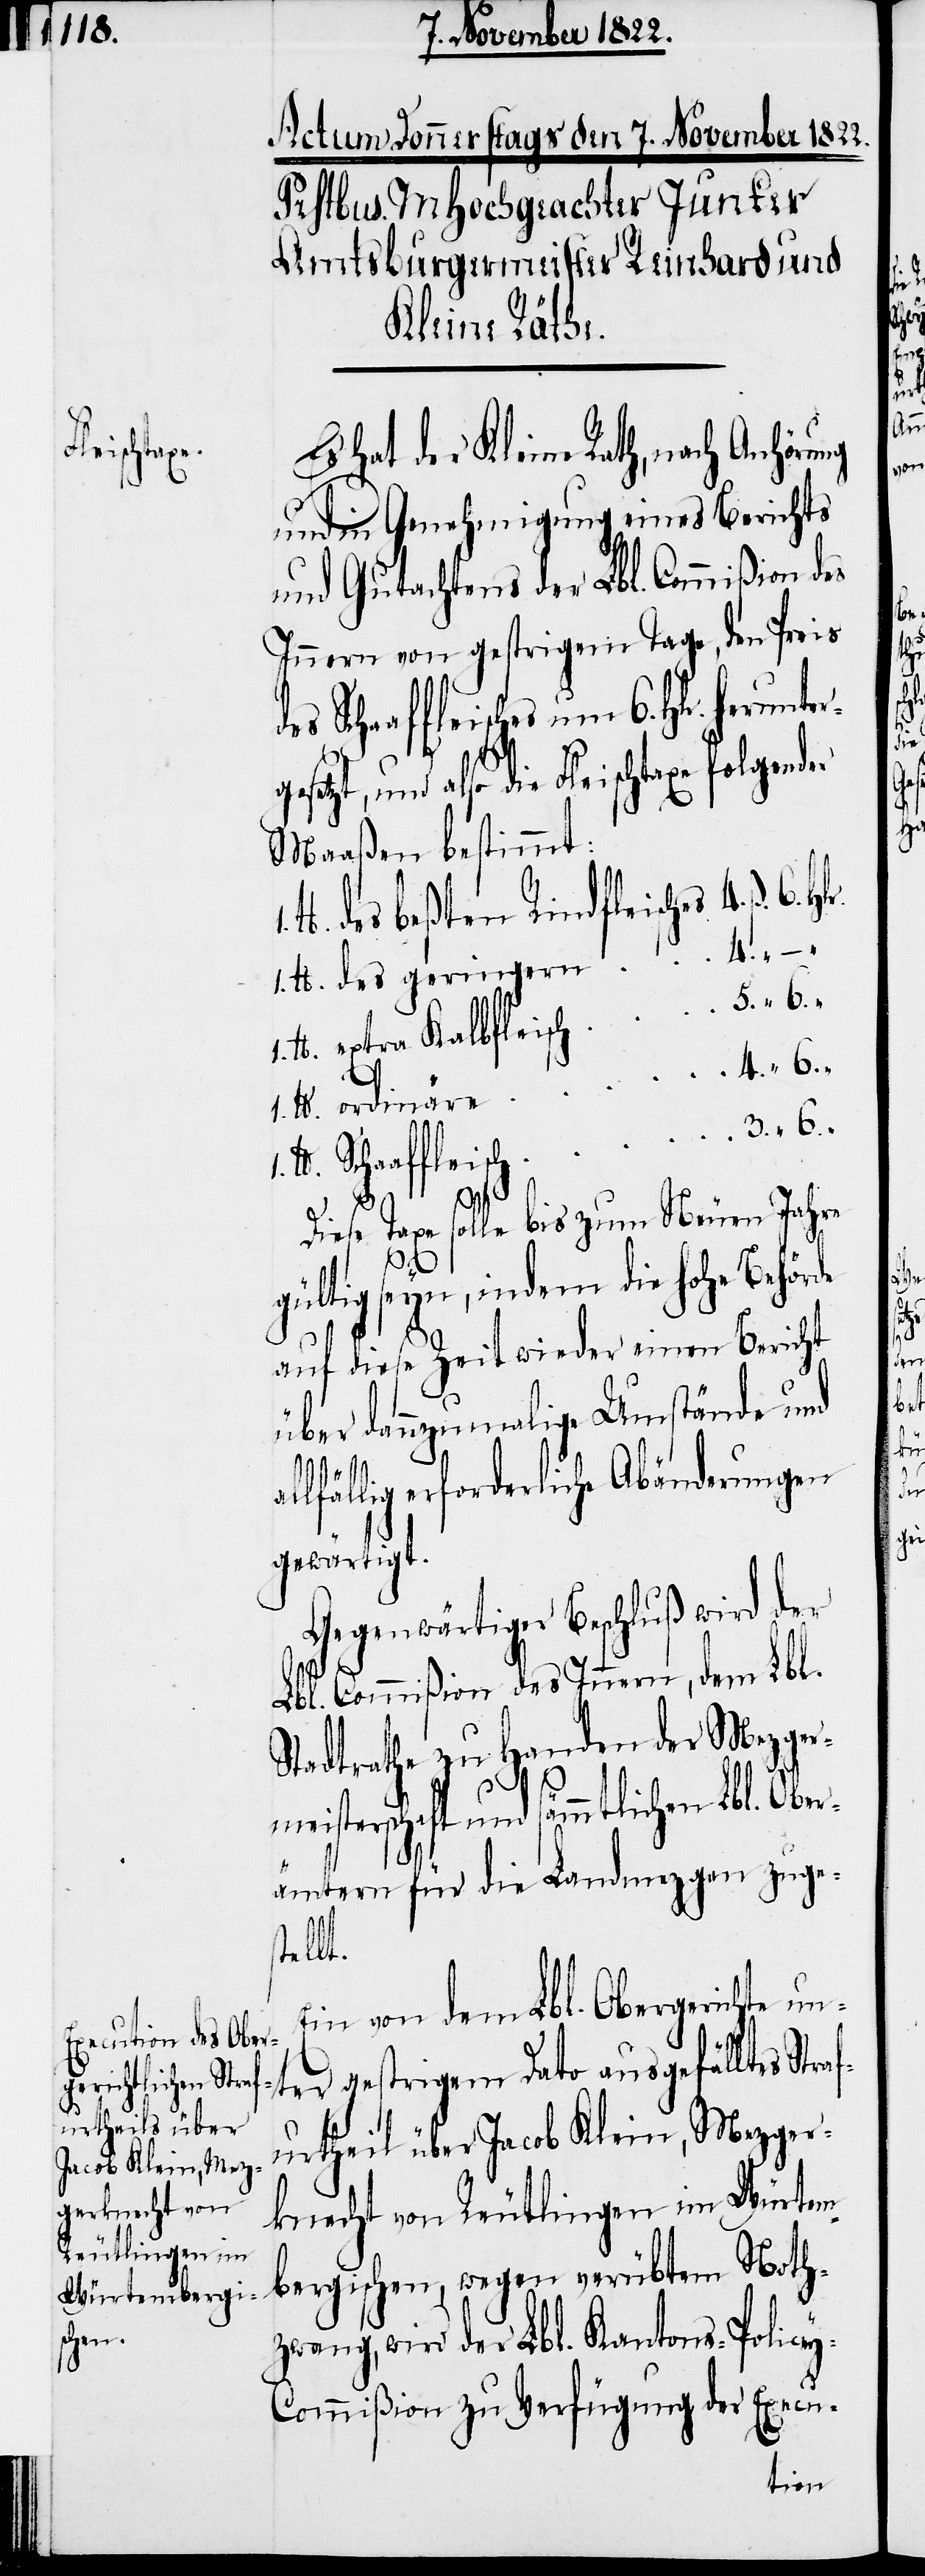
herunter¬

Es hat der Kleine Rath, nach Anhöru¬
und in Genehmigung eines Berichts
und Gutachtens der Lbl. Commißion des
Innern von gestrigem Tage, den Preis
gesetzt, und also die Fleischtaxe folgender
Maaßen bestimmt:
lb. des beßten Rindfleisches
lb. des geringern
“
Diese Taxe solle bis zum Neuen Jahre
af¬
gültig seyn, indem die hohe Behörde
auf diese Zeit wieder einen Bericht
über dannzumalige Umstände und
allfällig erforderliche Abänderungen
gewärtigt.
Gegenwärtiger Beschluß wird der
Lbl. Commißion des Innern, dem Lbl.
Stadtrathe zu Handen der Mezger¬
meisterschaft und sämmtlichen Lbl. Ober¬
ämtern für die Landmezgen zuges¬
tell¬
Ein von dem Lbl. Obergerichte un¬
ter gestrigem Dato ausgefälltes Str¬
urtheil über Jacob Klein, Mezger¬
knecht von Reutlingen im Würtem¬
bergischen, wegen verübtem Noth¬
zwang, wird der Lbl. Kantons-Police¬
y-Commißion zu Verfügung der Execu-
t.